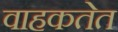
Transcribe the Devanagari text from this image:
वाहकतेत